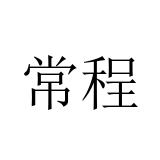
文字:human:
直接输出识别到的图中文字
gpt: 常程